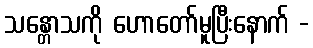
သန္တောသကို ဟောတော်မူပြီးနောက် -